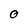
Character: O